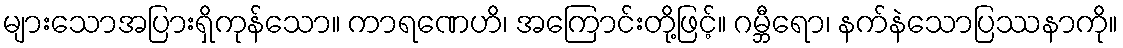
များသောအပြားရှိကုန်သော။ ကာရဏေဟိ၊ အကြောင်းတို့ဖြင့်။ ဂမ္ဘီရော၊ နက်နဲသောပြဿနာကို။